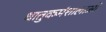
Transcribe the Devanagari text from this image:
धातुकर्मशालाओं